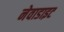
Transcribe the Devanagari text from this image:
नेवाडाइट